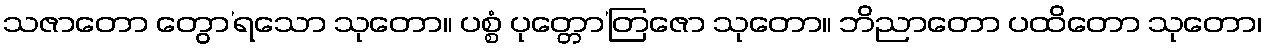
သဇာတော တွော’ရသော သုတော။ ပစ္စံ ပုတ္တော’တြဇော သုတော။ ဘိညာတော ပထိတော သုတော၊